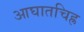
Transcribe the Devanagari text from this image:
आघातचिह्र